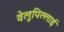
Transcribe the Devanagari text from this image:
वेलुपिल्लाई